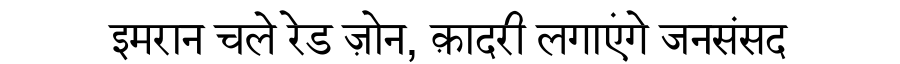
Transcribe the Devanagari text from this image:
इमरान चले रेड ज़ोन, क़ादरी लगाएंगे जनसंसद